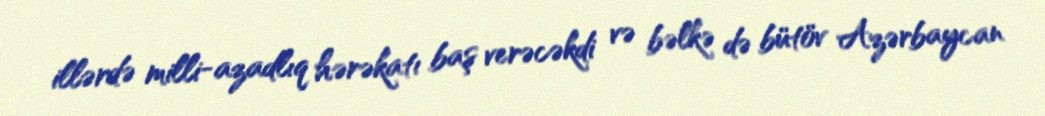
illərdə milli-azadlıq hərəkatı baş verəcəkdi və bəlkə də bütöv Azərbaycan